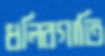
ধলিরগাতি